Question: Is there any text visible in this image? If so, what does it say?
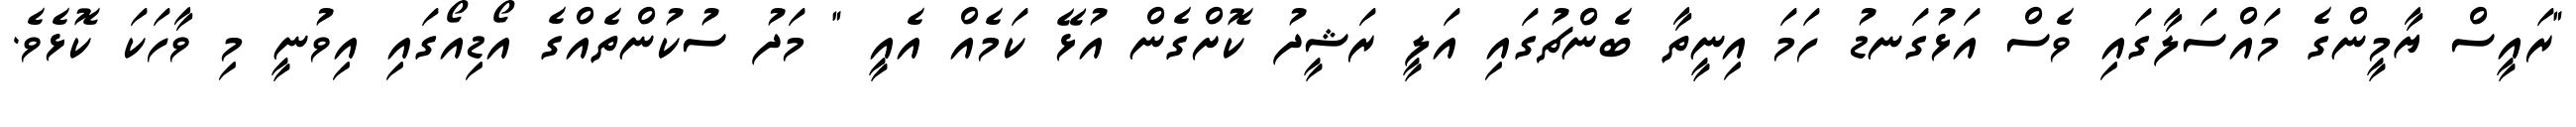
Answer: "ރައީސް ޔާމީންގެ މައްސަލާގައި ވެސް އަޅުގަނޑު ހަމަ އިނީތާ ބެންޗުގައި އަލީ ރަޝީދު ކޮށްގެން އުޅޭ ކަމެއް އެއީ " މަދު ސުކުންތެއްގެ އޯޑިއޯގައި އިވުނީ މި ވާހަކަ ކޮޅެވެ.